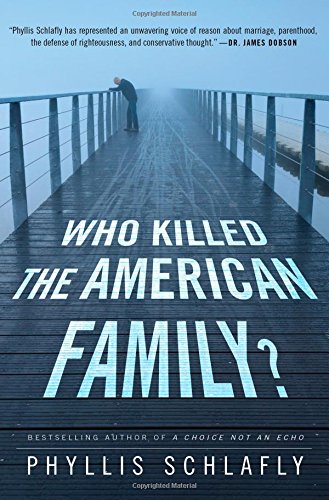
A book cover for Who Killed the American Family?; Phyllis Schlafly; Law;